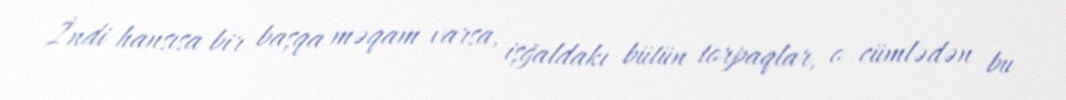
İndi hansısa bir başqa məqam varsa, işğaldakı bütün torpaqlar, o cümlədən bu